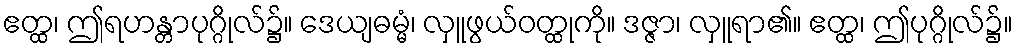
ဧတ္ထ၊ ဤရဟန္တာပုဂ္ဂိုလ်၌။ ဒေယျဓမ္မံ၊ လှူဖွယ်ဝတ္ထုကို။ ဒဇ္ဇာ၊ လှူရာ၏။ ဧတ္ထ၊ ဤပုဂ္ဂိုလ်၌။